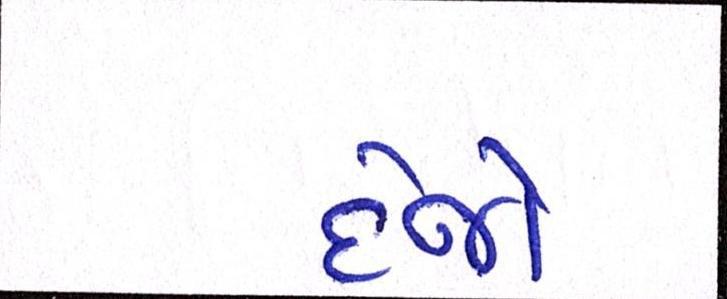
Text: દેજો